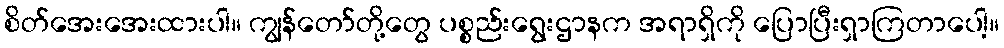
စိတ်အေးအေးထားပါ။ ကျွန်တော်တို့တွေ ပစ္စည်းရွေးဌာနက အရာရှိကို ပြောပြီးရှာကြတာပေါ့။